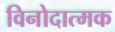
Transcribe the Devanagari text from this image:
विनोदात्मक